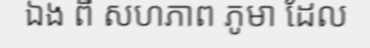
ឯង ពី សហភាព ភូមា ដែល